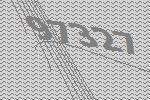
97327